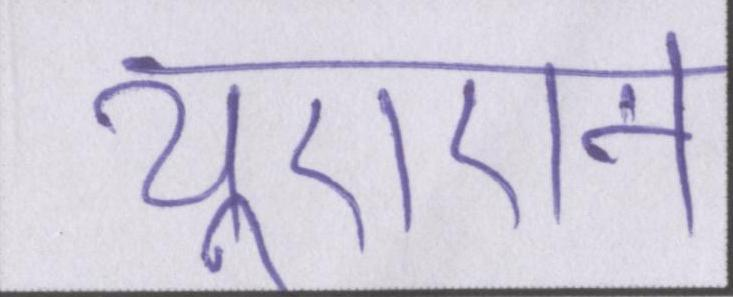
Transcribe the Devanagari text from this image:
यूएएन